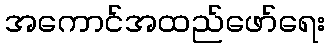
အကောင်အထည်ဖော်ရေး